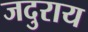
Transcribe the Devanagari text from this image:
जदुराय